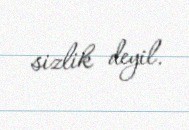
sizlik deyil.